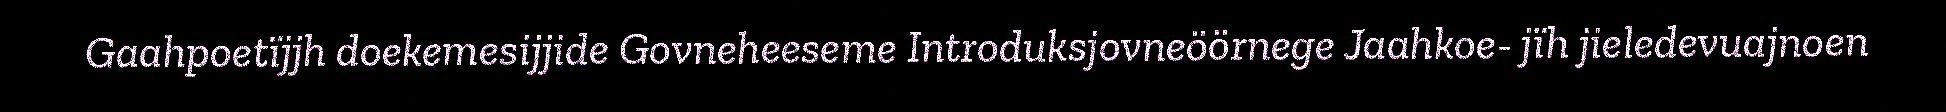
Gaahpoetïjjh doekemesijjide Govneheeseme Introduksjovneöörnege Jaahkoe- jïh jieledevuajnoen